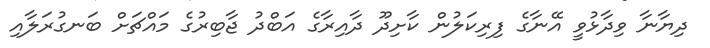
ދިޔާނާ ވިދާޅުވީ އޭނާގެ ފިރިކަލުން ކާށިދޫ ދާއިރާގެ އަބްދު ޖާބިރުގެ މައްޗަށް ބަނގުރަލާއި